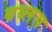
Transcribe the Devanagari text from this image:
बब्लस